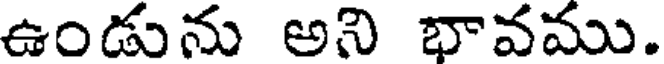
ఉండును అని భావము.